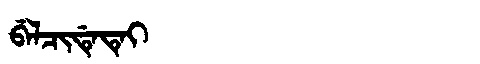
Manchu: ᠪᡝᠯᠴᡳᡩᡝᡨᡝᡳ
Romanization: BELCIDETEI